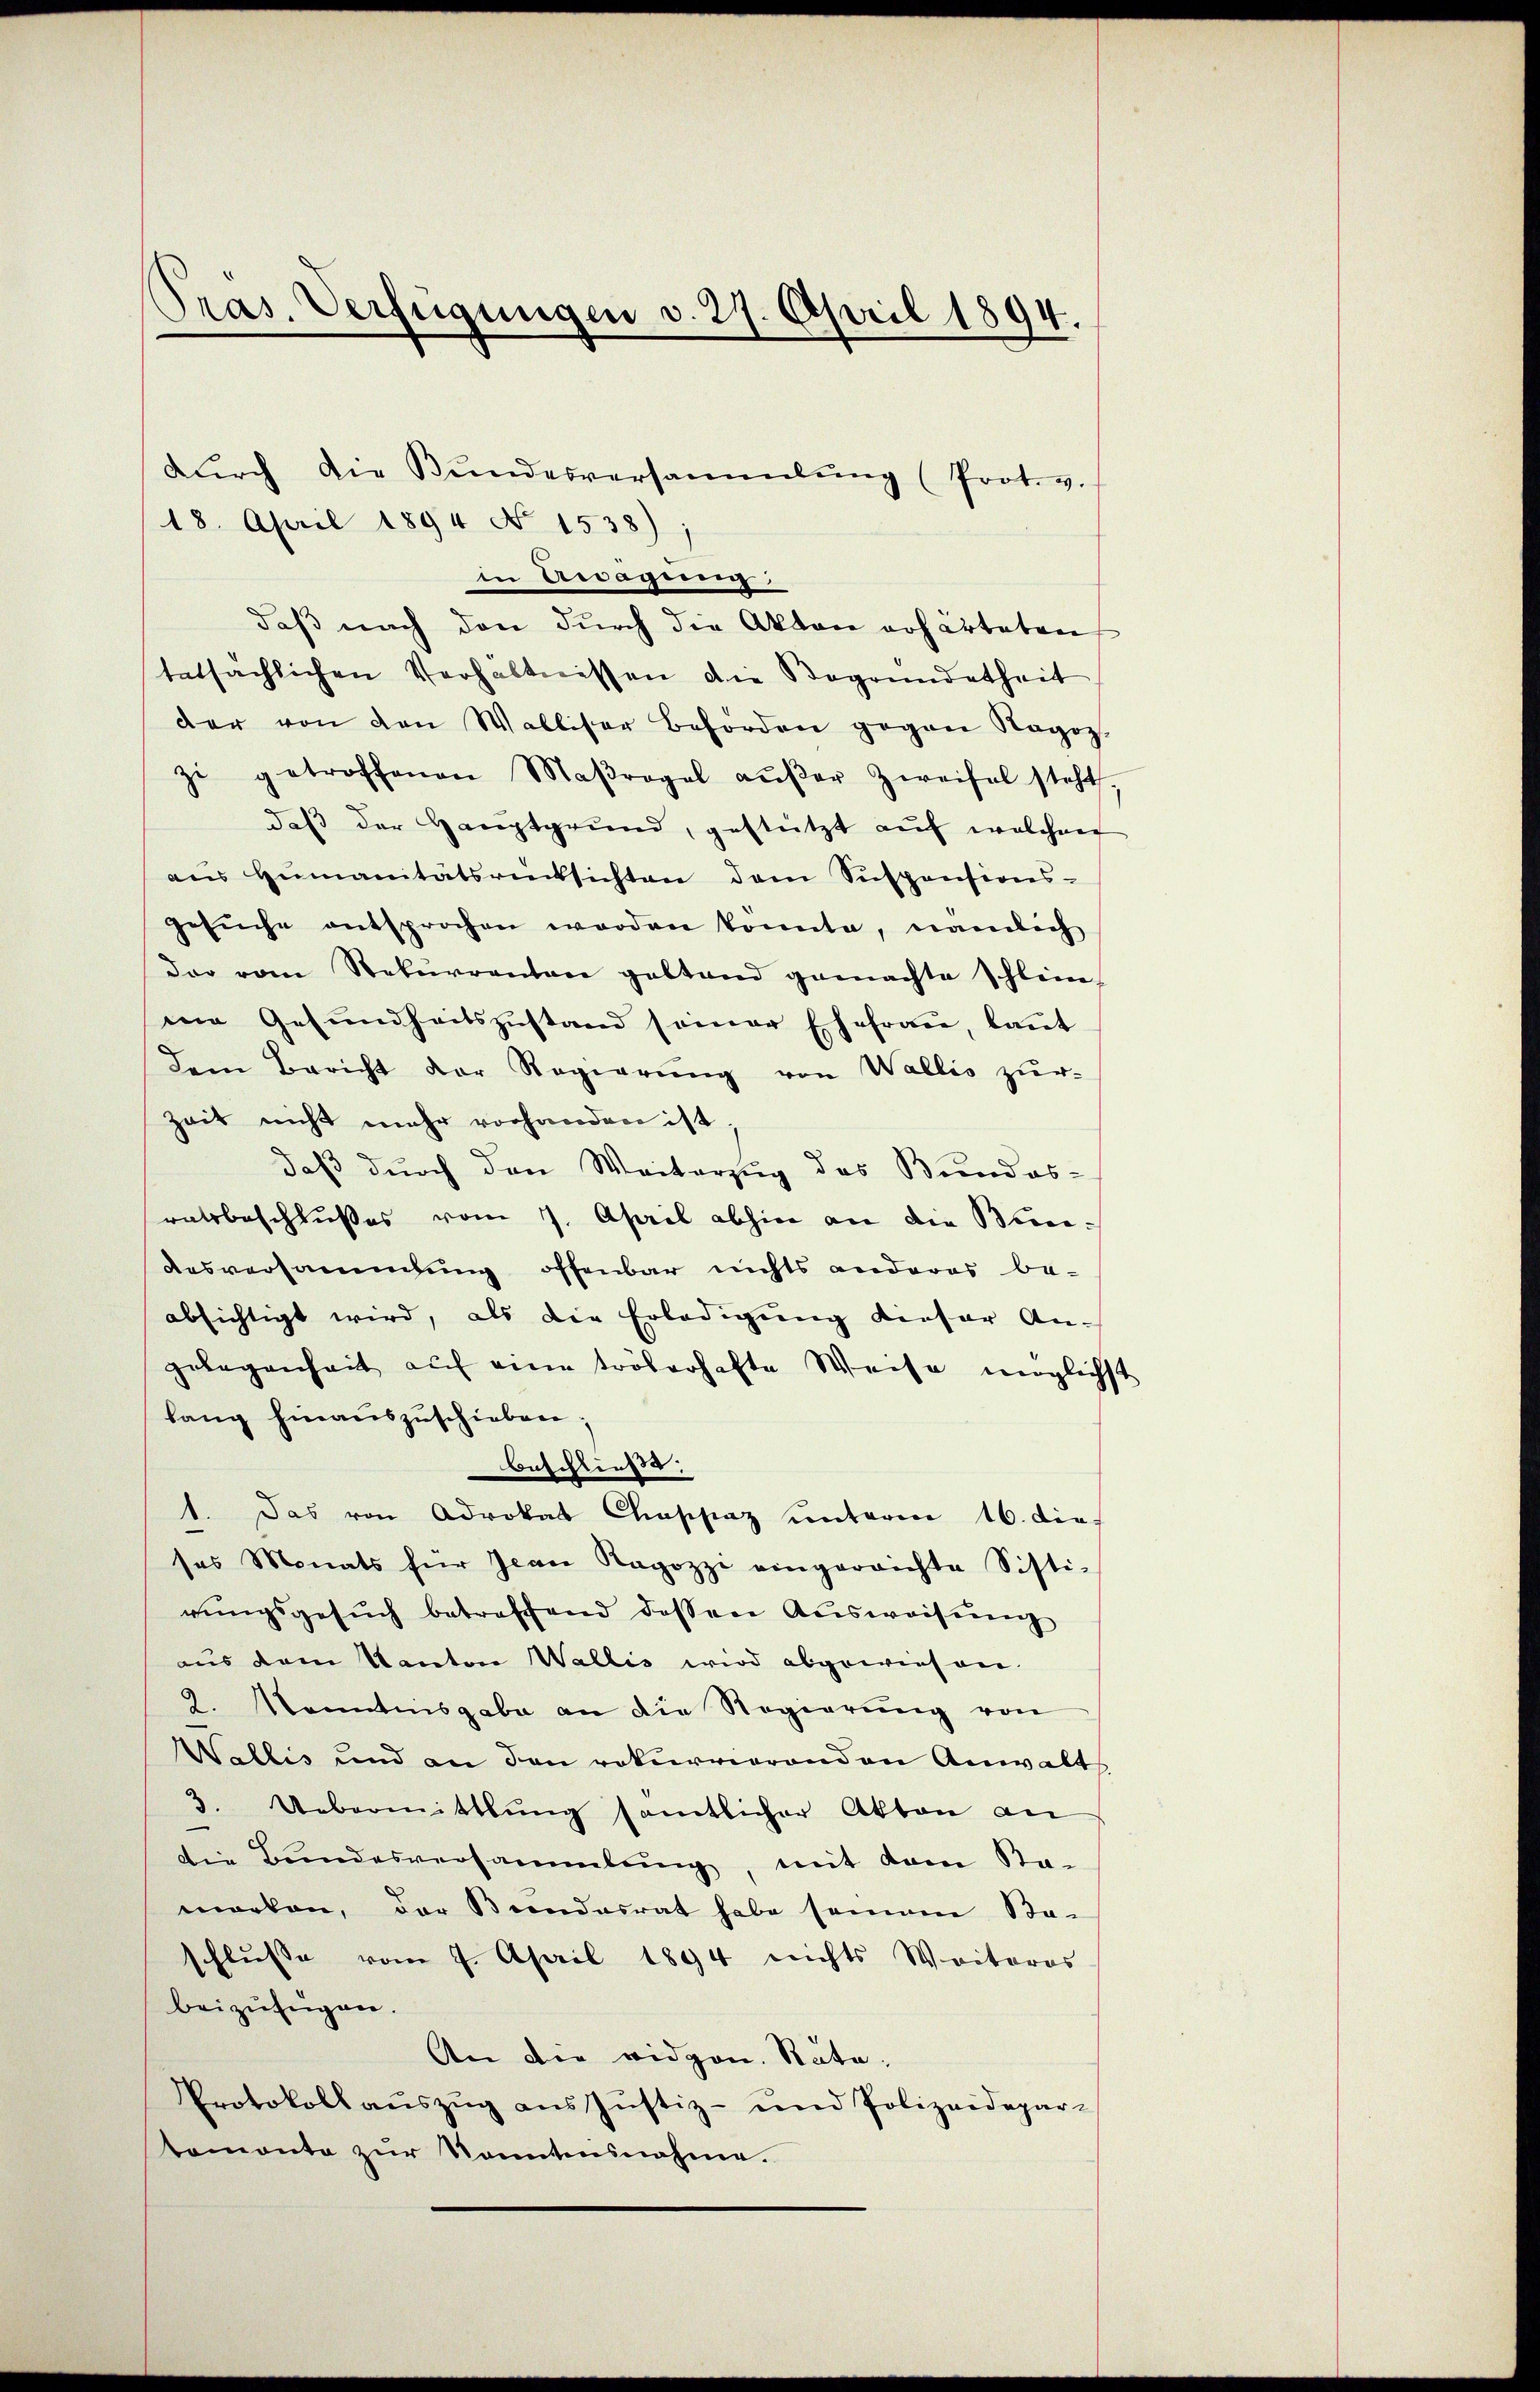
Pras. Verfügungen v. 27. April 1894.
dŭrch die Bŭndesversammlung (Prot. v.
18. April 1894 No 1538);

in Aragorang
daß nach den durch die Akten erharteten
tatsächlichen Verhältnissen die Begründetheit
der von den Walliser Beförden gegen Ragoz.
zi getroffenen Maβrogel aŭβer Zweifel steht.
daβ der Hauptgrund, gestützt aŭf welchen
aus Humanitätsrücksichten dem Suspensions-
gesŭche entsprochen werden könnte, nämlich
dar vom Rekurrenten geltend gemachte schlein-
me Gesundheitszustand seiner Ehefrau, laut
dem Bericht der Regierŭng von Wallis zŭr
Zeit nicht mehr vorhanden ist;
daß durch den Weiterzug des Bundes-
ratsbeschlußes vom 7. April abhin an die Beei¬
Ausversammlung offenbar nichts anderes be-
absichtigt wird, als die Erledigung dieser An-
gelegenheit auf eine tröserhafte Weise möglichst
lang hinauszuschieben;
Beschließe.
1. Das von Advokat Chaschaz unterm 16. die
ses Monats für Jean Ragozzi eingerrichte Sisti-
rŭngsgesŭch betreffend dessen Aŭsweisung
aus dem Kanton Wallis wird abgewiesen.
2. Kenntnisgabe an die Regierŭng von
Wallis und an den rekurrierenden Anwalt
3. Uebermittlung sämtlicher Akten an
die Bundesversammlung, mit dem Sta-
marken, der Beendesrat habe seinem Sta-
schlusse vom 9. April 1894 nichts Weiteres
beizufügen.
An die vidgen. Räte,
Protokoll aŭszŭg ans Justiz- und Polizeidepar-
temonte zur Sonntensnahme.